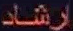
رِشَاد